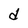
Character: d